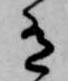
有